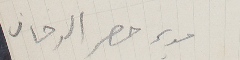
مدير حصر الدخان